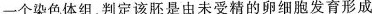
一个染色体组，判定该胚是由未受精的卵细胞发育形成